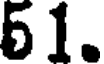
51.